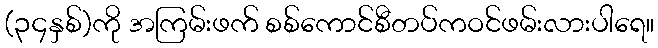
(၃၄နှစ်)ကို အကြမ်းဖက် စစ်ကောင်စီတပ်ကဝင်ဖမ်းလားပါရေ။